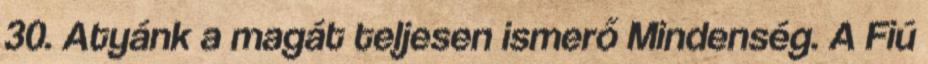
30. Atyánk a magát teljesen ismerő Mindenség. A Fiú